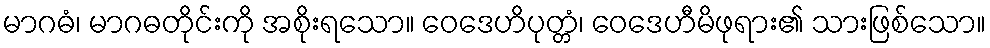
မာဂဓံ၊ မာဂဓတိုင်းကို အစိုးရသော။ ဝေဒေဟိပုတ္တံ၊ ဝေဒေဟီမိဖုရား၏ သားဖြစ်သော။